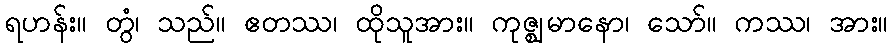
ရဟန်း။ တွံ၊ သည်။ ဧတဿ၊ ထိုသူအား။ ကုဇ္ဈမာနော၊ သော်။ ကဿ၊ အား။